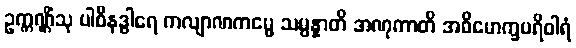
ဥက္ကဏ္ဌိံသု ပါစီနဒွါရေ ကလျာဏကမ္မေ သမ္ပန္နာတိ အဏုကာတိ အဓိမောက္ခပရိဝါရံ